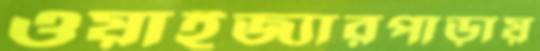
ওয়াইজ্যারপাড়ায়